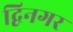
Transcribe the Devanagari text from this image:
द्विनगर